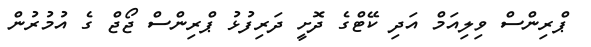
ޕްރިންސް ވިލިއަމް އަދި ކޭޓްގެ ދޮށީ ދަރިފުޅު ޕްރިންސް ޖޯޖް ގެ އުމުރުން